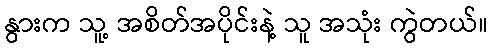
နွားက သူ့ အစိတ်အပိုင်းနဲ့ သူ အသုံး ကွဲတယ်။